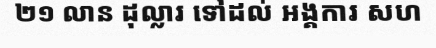
២១ លាន ដុល្លារ ទៅដល់ អង្គការ សហ